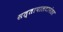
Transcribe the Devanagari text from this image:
सत्तापालटानंतर